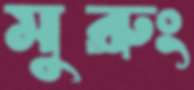
মুরুং